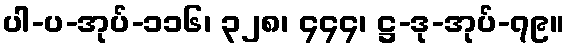
ပါ-ပ-အုပ်-၁၁၆၊ ၃၂၈၊ ၄၄၄၊ ဋ္ဌ-ဒု-အုပ်-၇၉။